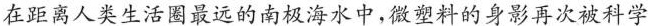
在距离人类生活圈最远的南极海水中,微塑料的身影再次被科学